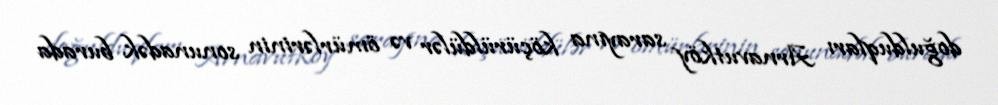
doğulduqları Arnavutköy sarayına köçürüldülər və ömürlərinin sonunadək burada